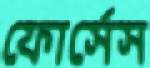
ফোর্সেস